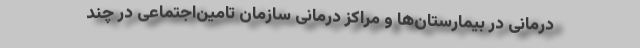
درمانی در بیمارستان‌ها و مراکز درمانی سازمان تامین‌اجتماعی در چند